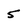
Character: 5